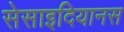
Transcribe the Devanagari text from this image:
सेसाइदियानस